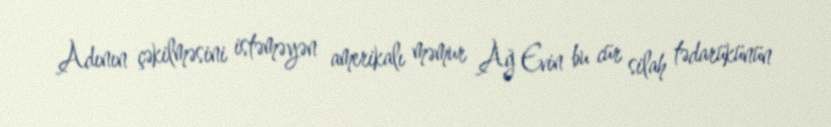
Adının çəkilməsini istəməyən amerikalı məmur Ağ Evin bu cür silah tədarükünün